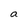
Character: a